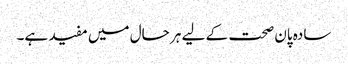
سادہ پان صحت کے لیے ہر حال میں مفید ہے۔